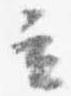
立